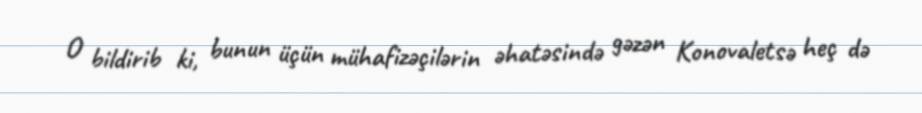
O bildirib ki, bunun üçün mühafizəçilərin əhatəsində gəzən Konovaletsə heç də